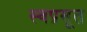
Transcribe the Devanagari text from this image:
स्वप्रसूत